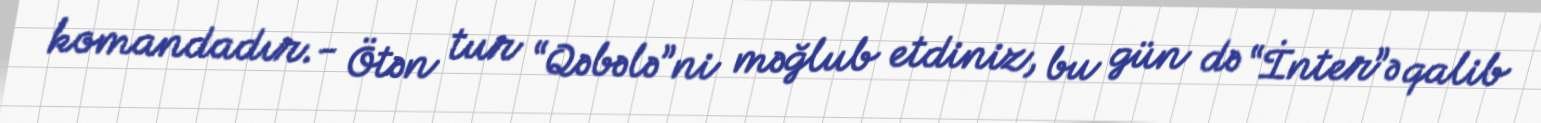
komandadır.- Ötən tur “Qəbələ”ni məğlub etdiniz, bu gün də “İnter”ə qalib